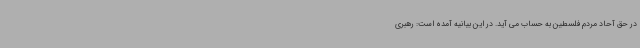
در حق آحاد مردم فلسطین به حساب می آید. در این بیانیه آمده است: رهبری